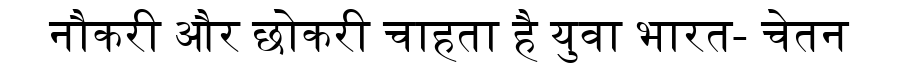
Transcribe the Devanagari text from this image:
नौकरी और छोकरी चाहता है युवा भारत- चेतन